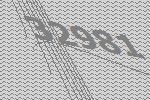
32981